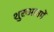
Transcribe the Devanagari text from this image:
शुरुआतमें